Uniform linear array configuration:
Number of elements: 16
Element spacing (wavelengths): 0.75
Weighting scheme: binomial
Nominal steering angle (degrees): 15
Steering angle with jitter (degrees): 15.047
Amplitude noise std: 0.05
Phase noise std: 0.05

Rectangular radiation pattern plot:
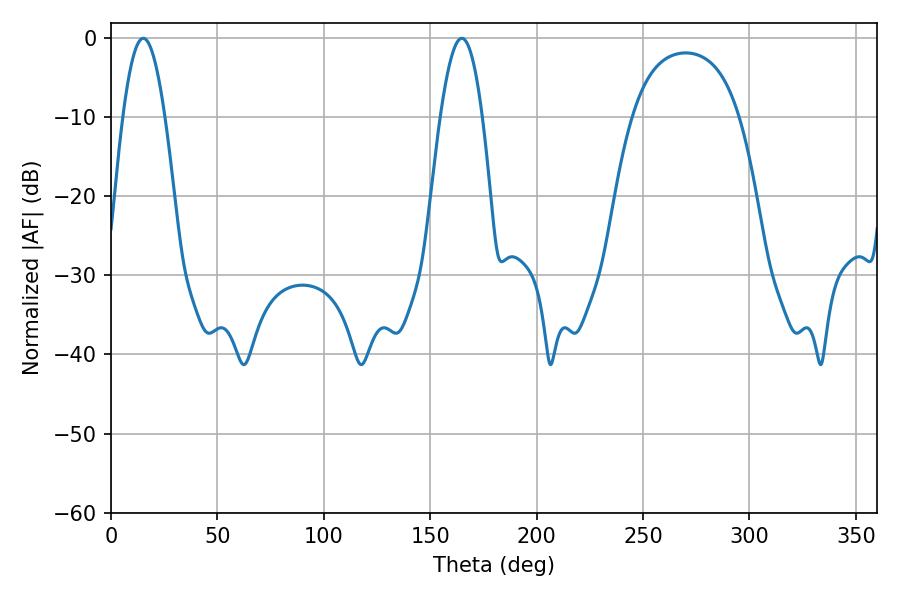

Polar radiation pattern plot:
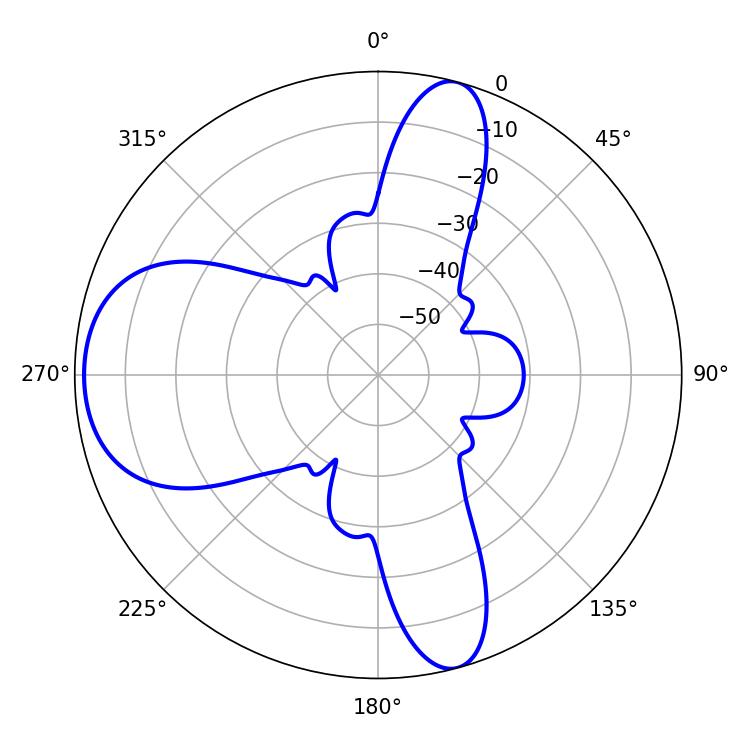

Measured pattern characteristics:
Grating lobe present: TRUE
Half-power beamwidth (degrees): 10.62
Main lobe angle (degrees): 15.12